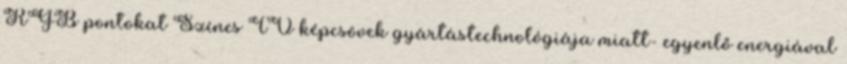
RGB pontokat Színes TV képcsövek gyártástechnológiája miatt- egyenlő energiával